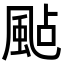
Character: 颭